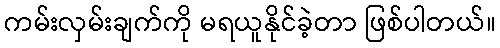
ကမ်းလှမ်းချက်ကို မရယူနိုင်ခဲ့တာ ဖြစ်ပါတယ်။